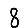
Digit: 8